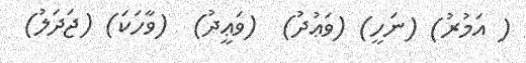
( އަމުރު) (ނަހީ) (ވަޢުދު)  (ވަޢީދު)  (ވާހަކަ) (ޖަދަލު)